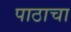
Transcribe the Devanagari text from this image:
पाठाचा